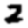
Digit: 2